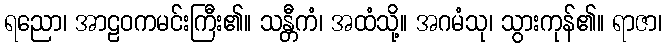
ရညော၊ အာဠဝကမင်းကြီး၏။ သန္တီကံ၊ အထံသို့။ အဂမံသု၊ သွားကုန်၏။ ရာဇာ၊